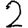
Digit: 2